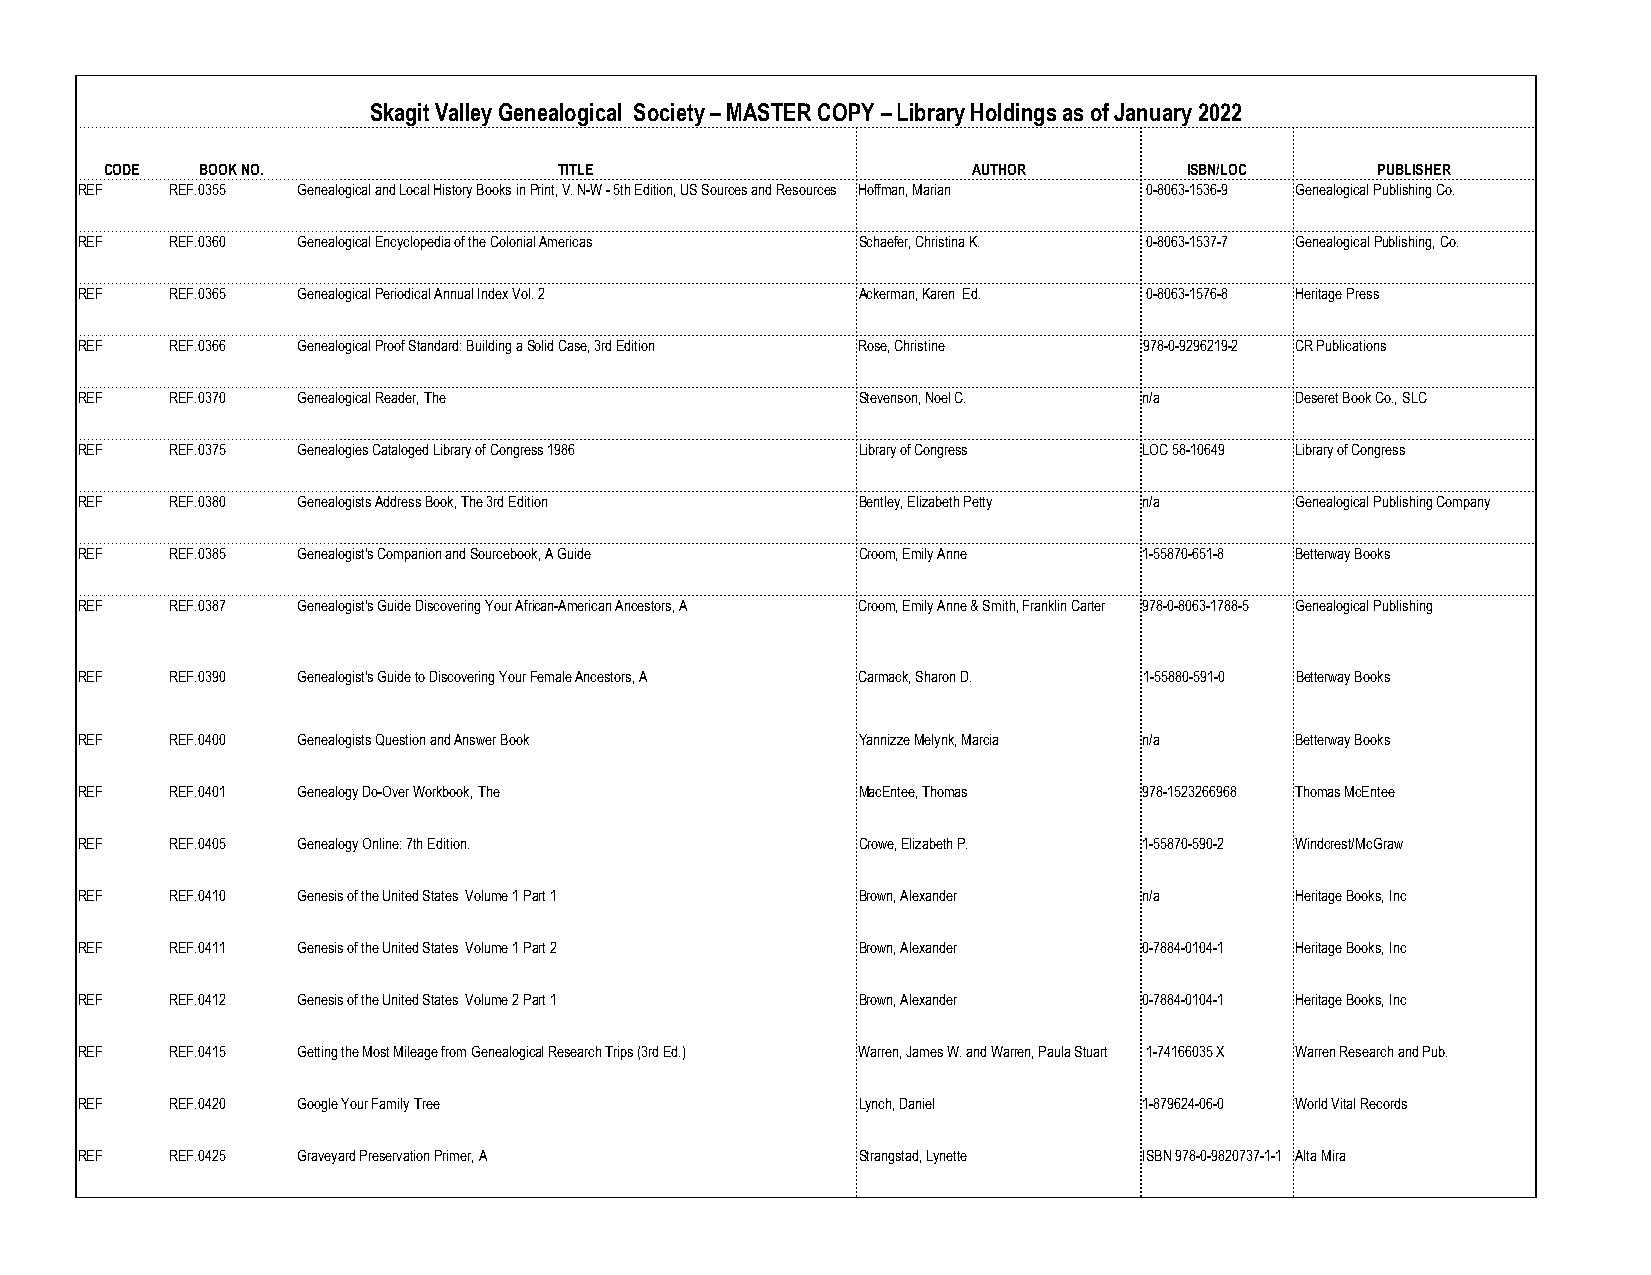
Skagit Valley Genealogical Society – MASTER COPY – Library Holdings as of January 2022
 CODE  BOOK NO.                TITLE                      AUTHOR         ISBN/LOC    PUBLISHER
 REF   REF.0355 Genealogical and Local History Books in Print, V. N-W - 5th Edition, US Sources and Resources Hoffman, Marian 0-8063-1536-9 Genealogical Publishing Co.
 REF   REF.0360 Genealogical Encyclopedia of the Colonial Americas Schaefer, Christina K. 0-8063-1537-7 Genealogical Publishing, Co.
 REF   REF.0365 Genealogical Periodical Annual Index Vol. 2 Ackerman, Karen Ed. 0-8063-1576-8 Heritage Press
 REF   REF.0366 Genealogical Proof Standard: Building a Solid Case, 3rd Edition Rose, Christine 978-0-9296219-2 CR Publications
 REF   REF.0370 Genealogical Reader, The             Stevenson, Noel C. n/a       Deseret Book Co., SLC
 REF   REF.0375 Genealogies Cataloged Library of Congress 1986 Library of Congress LOC 58-10649 Library of Congress
 REF   REF.0380 Genealogists Address Book, The 3rd Edition Bentley, Elizabeth Petty n/a Genealogical Publishing Company
 REF   REF.0385 Genealogist's Companion and Sourcebook, A Guide Croom, Emily Anne 1-55870-651-8 Betterway Books
 REF   REF.0387 Genealogist's Guide Discovering Your African-American Ancestors, A Croom, Emily Anne & Smith, Franklin Carter 978-0-8063-1788-5 Genealogical Publishing
 REF   REF.0390 Genealogist's Guide to Discovering Your Female Ancestors, A Carmack, Sharon D. 1-55880-591-0 Betterway Books
 REF   REF.0400 Genealogists Question and Answer Book Yannizze Melynk, Marcia n/a Betterway Books
 REF   REF.0401 Genealogy Do-Over Workbook, The      MacEntee, Thomas   978-1523266968 Thomas McEntee
 REF   REF.0405 Genealogy Online: 7th Edition.       Crowe, Elizabeth P. 1-55870-590-2 Windcrest/McGraw
 REF   REF.0410 Genesis of the United States Volume 1 Part 1 Brown, Alexander n/a Heritage Books, Inc
 REF   REF.0411 Genesis of the United States Volume 1 Part 2 Brown, Alexander 0-7884-0104-1 Heritage Books, Inc
 REF   REF.0412 Genesis of the United States Volume 2 Part 1 Brown, Alexander 0-7884-0104-1 Heritage Books, Inc
 REF   REF.0415 Getting the Most Mileage from Genealogical Research Trips (3rd Ed.) Warren, James W. and Warren, Paula Stuart 1-74166035 X Warren Research and Pub.
 REF   REF.0420 Google Your Family Tree              Lynch, Daniel      1-879624-06-0 World Vital Records
 REF   REF.0425 Graveyard Preservation Primer, A     Strangstad, Lynette ISBN 978-0-9820737-1-1 Alta Mira